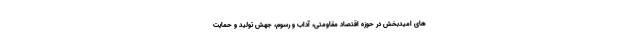
های امیدبخش در حوزه اقتصاد مقاومتی، آداب و رسوم، جهش تولید و حمایت